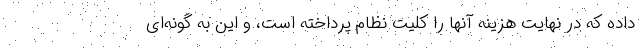
داده که در نهایت هزینه آنها را کلیت نظام پرداخته است، و این به گونه‌ای